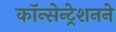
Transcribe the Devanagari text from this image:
कॉन्सेन्ट्रेशनने